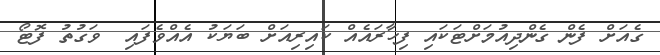
ގެއަށް ފެން ގެންދިއުމަށްޓަކައި ފިހާރައެއް ކައިރިއަށް ބަޔަކު އެއްވެފައި  ވަގުތު ފޮޓޯ